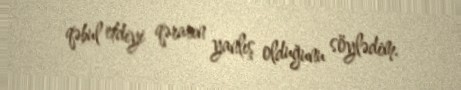
qəbul etdiyi qərarın yanlış olduğunu söylədim.